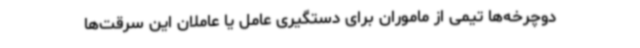
دوچرخه‌ها تیمی از ماموران برای دستگیری عامل یا عاملان این سرقت‌ها